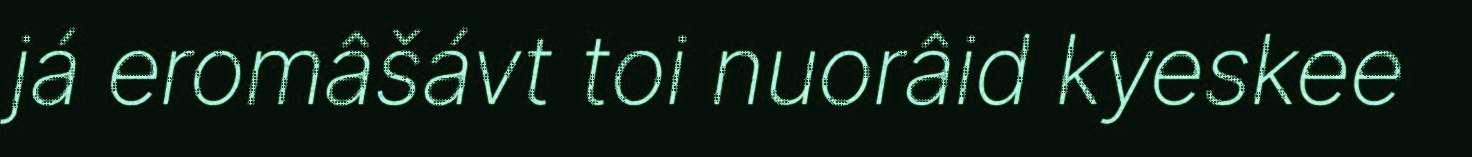
já eromâšávt toi nuorâid kyeskee